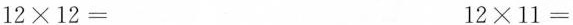
$$1 2 \times 1 2 =$$ $$1 2 \times 1 1 =$$